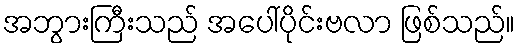
အဘွားကြီးသည် အပေါ်ပိုင်းဗလာ ဖြစ်သည်။